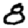
Digit: 8